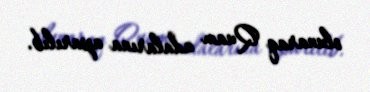
olunaraq Quam adalarına aparılıb.